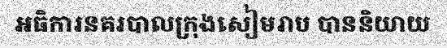
អធិការនគរបាលក្រុងសៀមរាប បាននិយាយ